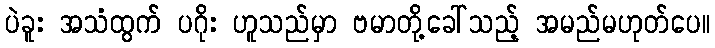
ပဲခူး အသံထွက် ပဂိုး ဟူသည်မှာ ဗမာတို့ခေါ်သည့် အမည်မဟုတ်ပေ။